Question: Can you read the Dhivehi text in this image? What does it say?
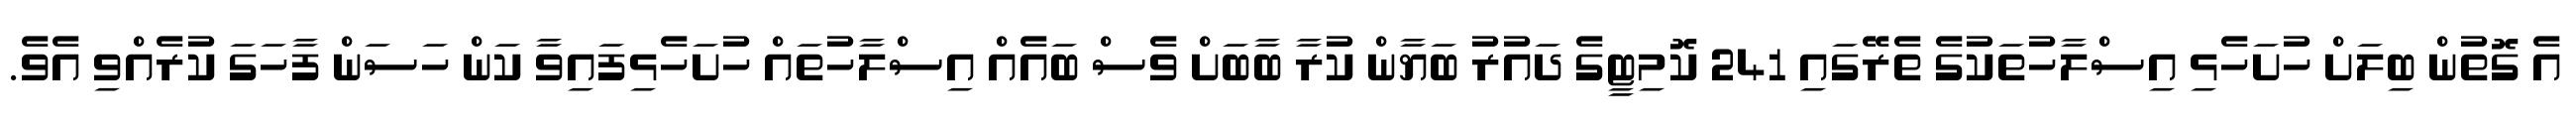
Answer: އެ ގޮތުން ބިލަށް ހުށަހެޅި އިސްލާހުތަކުގެ ތެރޭގައި 241 ކޮމިޓީގެ ދައުރު ބަޔާން ކުރާ ބާބަށް ވެސް ބައެއް އިސްލާހުތައް ހުށަހެޅިފައިވާ ކަން ހަސަން ފާހަގަ ކުރެއްވި އެވެ.